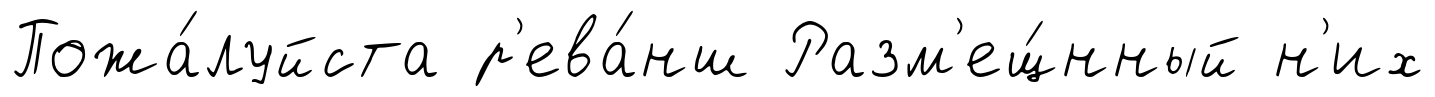
Пожа́луйста р'ева́нш Разм'ещ́нный н'их